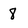
Character: 8